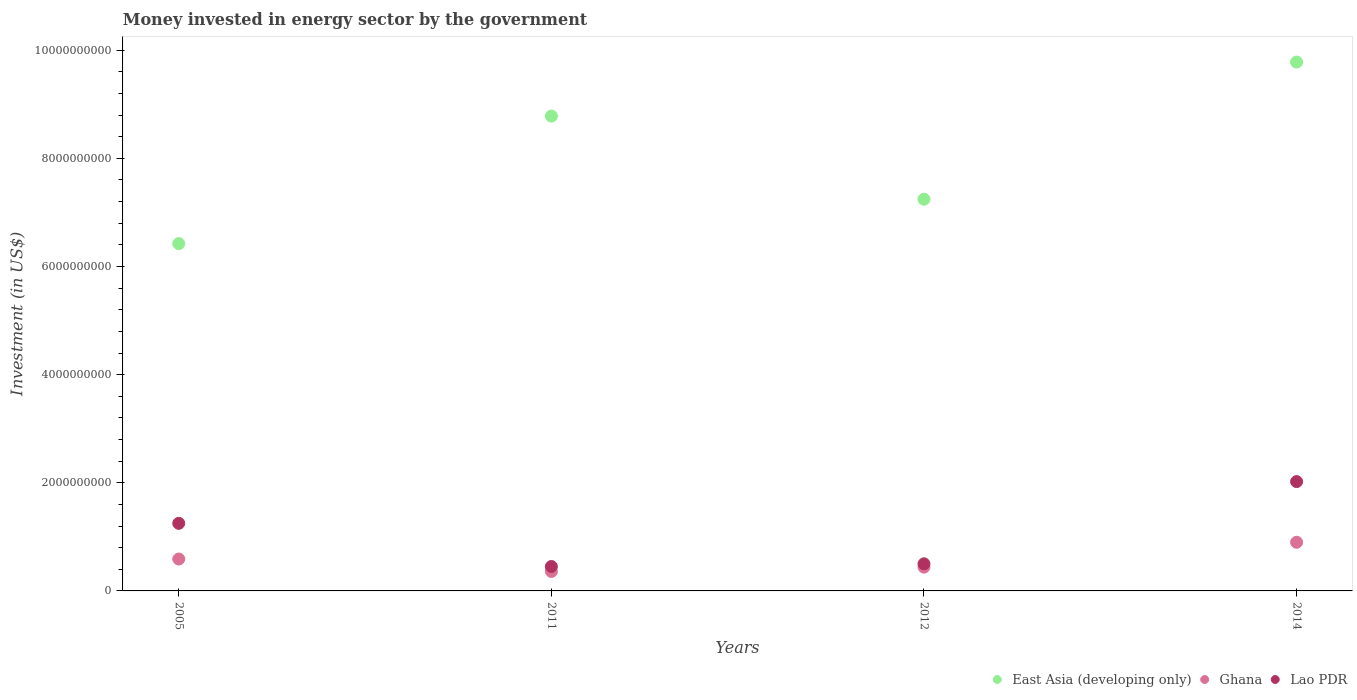
| Years | East Asia (developing only) | Ghana | Lao PDR |
 | --- | --- | --- | --- |
 | 2005 | 6.42e+09 | 5.9e+08 | 1.25e+09 |
 | 2011 | 8.78e+09 | 3.6e+08 | 4.52e+08 |
 | 2012 | 7.24e+09 | 4.4e+08 | 5.01e+08 |
 | 2014 | 9.78e+09 | 9e+08 | 2.02e+09 |